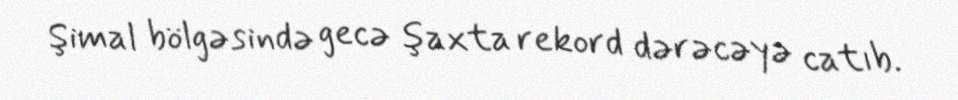
Şimal bölgəsində gecə şaxta rekord dərəcəyə catıb.